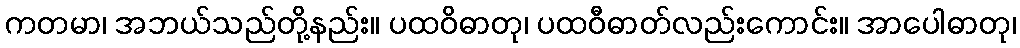
ကတမာ၊ အဘယ်သည်တို့နည်း။ ပထဝိဓာတု၊ ပထဝီဓာတ်လည်းကောင်း။ အာပေါဓာတု၊